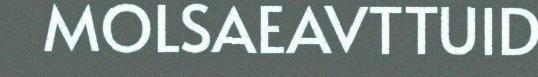
MOLSAEAVTTUID